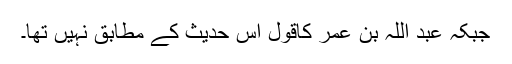
جبکہ عبد اللہ بن عمرؓ کاقول اس حدیث کے مطابق نہیں تھا۔